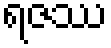
ရဇဿ